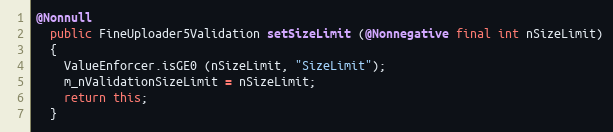
Language: Java
@Nonnull
  public FineUploader5Validation setSizeLimit (@Nonnegative final int nSizeLimit)
  {
    ValueEnforcer.isGE0 (nSizeLimit, "SizeLimit");
    m_nValidationSizeLimit = nSizeLimit;
    return this;
  }